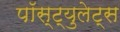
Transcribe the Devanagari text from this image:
पॉस्ट्युलेट्स